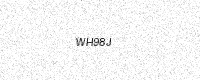
Text: WH98J